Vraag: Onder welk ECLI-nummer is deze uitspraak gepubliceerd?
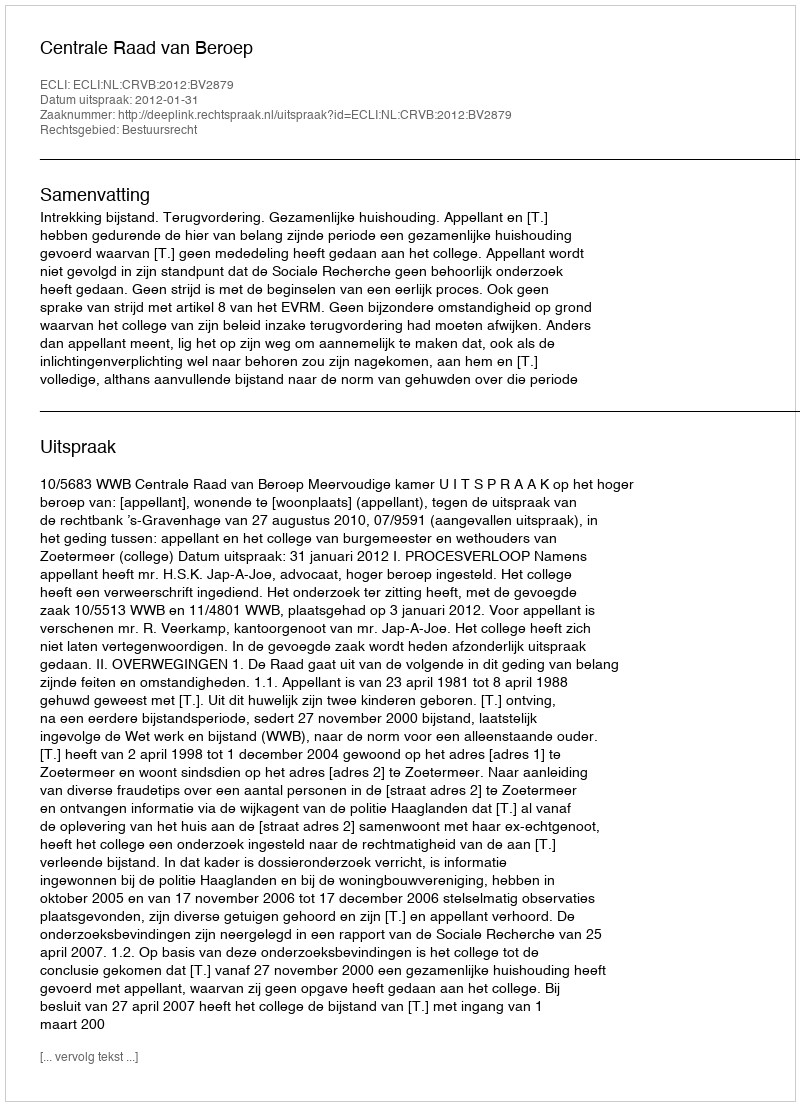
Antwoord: ECLI:NL:CRVB:2012:BV2879